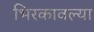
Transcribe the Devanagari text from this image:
भिरकावल्या